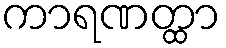
ကာရဏတ္ထာ